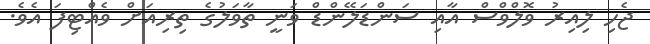
ޖެހި ލިއިރު ވޮލްވްސް އާއި ސަންޑަލޭންޑް ވަނީ ތާވަލުގެ ތިރިއަށް ވެއްޓިފަ އެވެ.